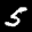
Label: 5